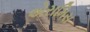
એરામિસ